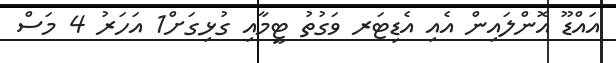
އައްޑޫ އޮންލައިން އެއި އެޑިޓަރ ވަގުތު ޓީމާއި ގުޅިގަށް1 އަހަރު 4 މަސް